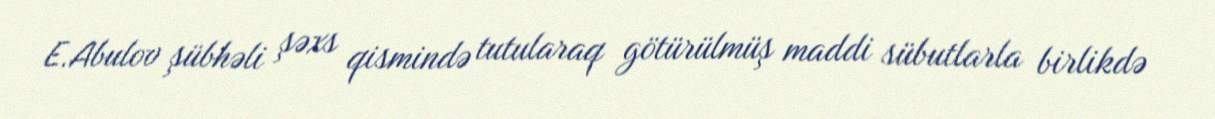
E.Abulov şübhəli şəxs qismində tutularaq götürülmüş maddi sübutlarla birlikdə